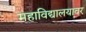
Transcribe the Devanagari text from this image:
महाविद्यालयावर